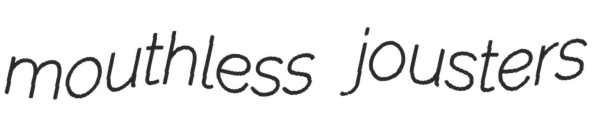
mouthless jousters